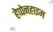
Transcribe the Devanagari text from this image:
हेप्पेनहाइम